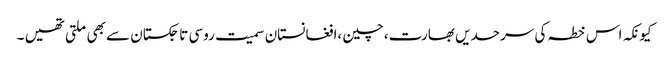
کیونکہ اس خطہ کی سرحدیں بھارت،چین ،افغانستان سمیت روسی تاجکستان سے بھی ملتی تھیں ۔